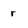
Character: r